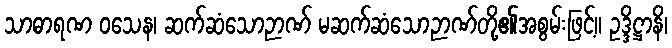
သာဓာရဏ ဝသေန၊ ဆက်ဆံသောဉာဏ် မဆက်ဆံသောဉာဏ်တို့၏အစွမ်းဖြင့်။ ဥဒ္ဒိဋ္ဌာနိ၊